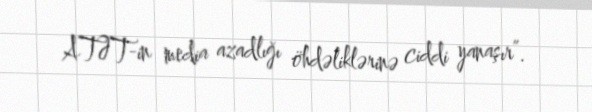
ATƏT-in media azadlığı öhdəliklərinə ciddi yanaşır”.